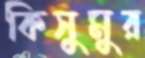
কিসুমুর